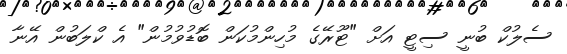
ސެލުކް ބުނީ ސިޓީ އަށް "ޓޫރޭގެ މުހިންމުކަން ބޮޑުވުމުން" އެ ކްލަބުން އޭނާ